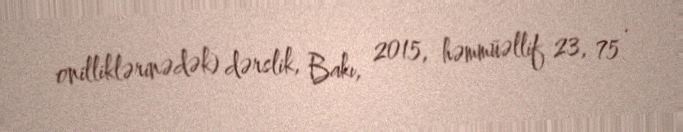
onilliklərinədək) dərslik, Bakı, 2015, həmmüəllif 23, 75 .